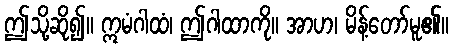
ဤသို့ဆို၍။ ဣမံဂါထံ၊ ဤဂါထာကို။ အာဟ၊ မိန့်တော်မူ၏။